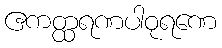
ဧကတ္ထရဏပါဝုရဏေ